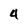
Character: 4